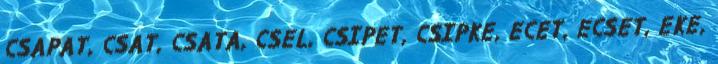
CSAPAT, CSAT, CSATA, CSEL, CSIPET, CSIPKE, ECET, ECSET, EKE,